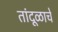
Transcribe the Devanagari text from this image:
तांदूळाचे